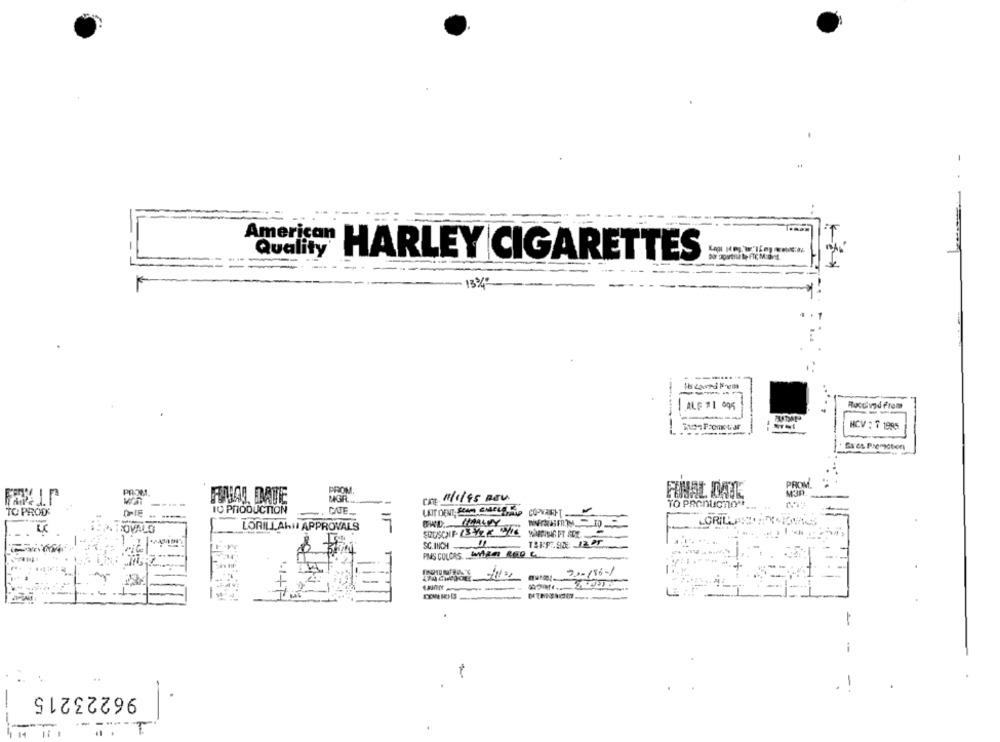
American
Quality
HARLEY CIGARETTES
-----
ALF #1 605
Rocchivad From
HCV : 7 1985
Sacs Premiction
PROM.
PROM1
CAFE 1/1/95 REV
FINAL IDATE
--
TO PRODUCTION
TO PROD'
IC PRODUCTION
LORILLAHI APPROVALS
7
GRILL
TOVALG
"
SC.INCH
PMAS COLORS MARAI RED C
-
30-196-1
--
1
-
96223215
-